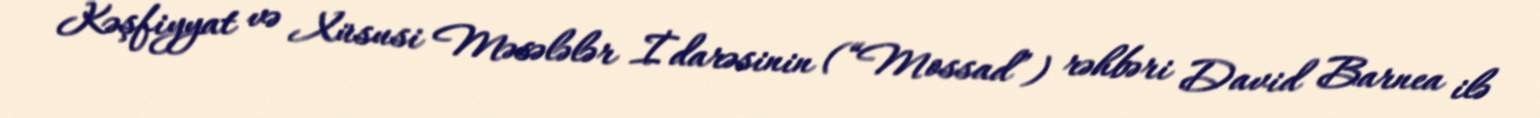
Kəşfiyyat və Xüsusi Məsələlər İdarəsinin (“Mossad”) rəhbəri David Barnea ilə